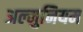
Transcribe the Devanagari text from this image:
अल्‍मुनियम